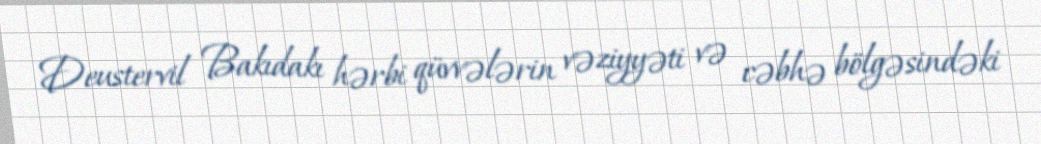
Deustervil Bakıdakı hərbi qüvvələrin vəziyyəti və cəbhə bölgəsindəki